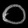
Digit: ၀